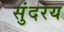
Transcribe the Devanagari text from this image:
सुंदरय